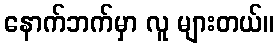
နောက်ဘက်မှာ လူ များတယ်။